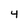
Character: 4